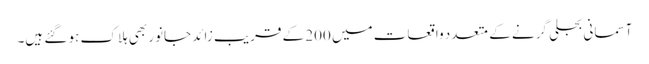
آسمانی بجلی گرنے کے متعدد واقعات میں 200 کے قریب زائد جانور بھی ہلاک ہو گئے ہیں۔